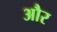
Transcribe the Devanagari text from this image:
और